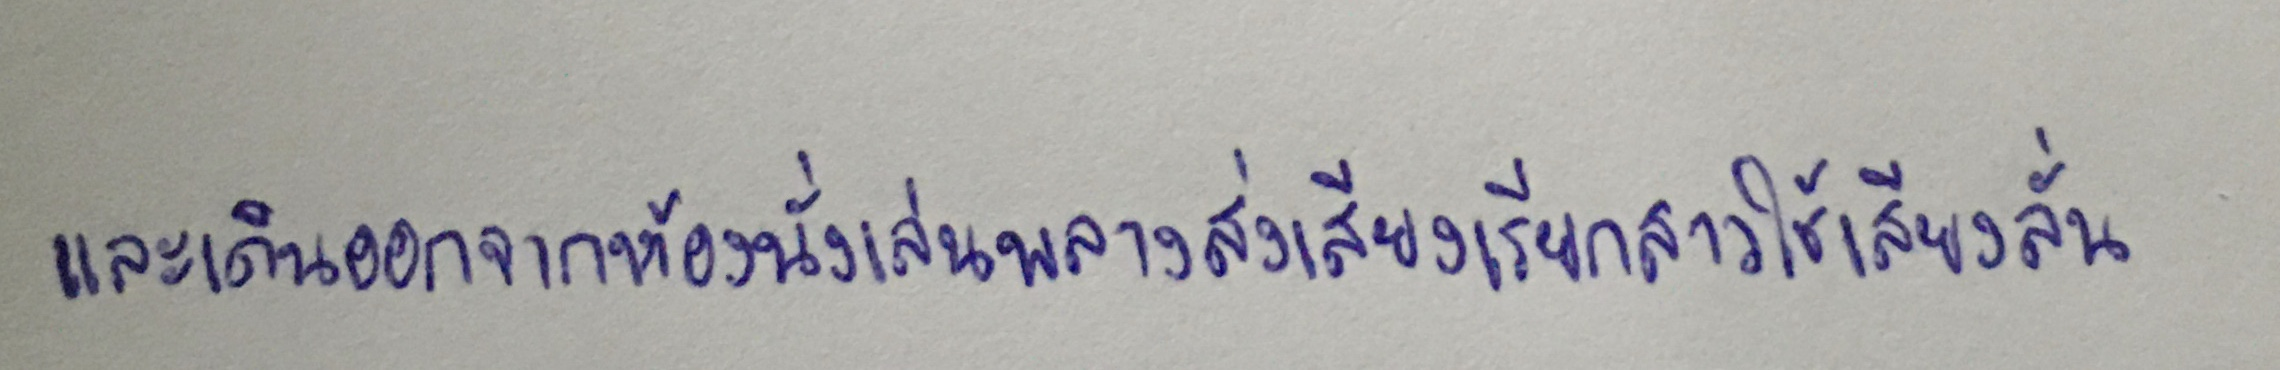
และเดินออกจากห้องนั่งเล่นพลางส่งเสียงเรียกสาวใช้เสียงลั่น